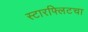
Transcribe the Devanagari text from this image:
स्टारफ्लिटचा